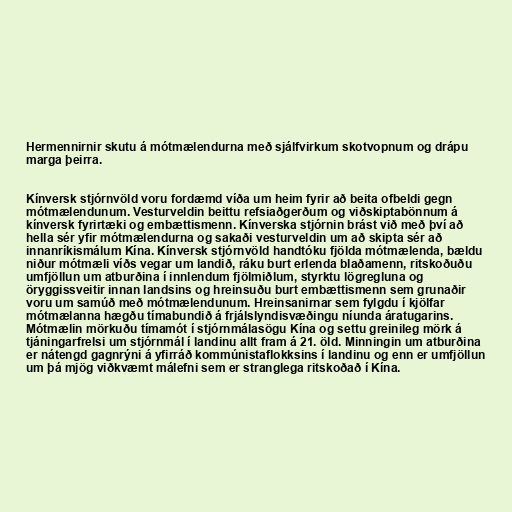
Hermennirnir skutu á mótmælendurna með sjálfvirkum skotvopnum og drápu
marga þeirra.

Kínversk stjórnvöld voru fordæmd víða um heim fyrir að beita ofbeldi gegn
mótmælendunum. Vesturveldin beittu refsiaðgerðum og viðskiptabönnum á
kínversk fyrirtæki og embættismenn. Kínverska stjórnin brást við með því að
hella sér yfir mótmælendurna og sakaði vesturveldin um að skipta sér að
innanríkismálum Kína. Kínversk stjórnvöld handtóku fjölda mótmælenda, bældu
niður mótmæli víðs vegar um landið, ráku burt erlenda blaðamenn, ritskoðuðu
umfjöllun um atburðina í innlendum fjölmiðlum, styrktu lögregluna og
öryggissveitir innan landsins og hreinsuðu burt embættismenn sem grunaðir
voru um samúð með mótmælendunum. Hreinsanirnar sem fylgdu í kjölfar
mótmælanna hægðu tímabundið á frjálslyndisvæðingu níunda áratugarins.
Mótmælin mörkuðu tímamót í stjórnmálasögu Kína og settu greinileg mörk á
tjáningarfrelsi um stjórnmál í landinu allt fram á 21. öld. Minningin um atburðina
er nátengd gagnrýni á yfirráð kommúnistaflokksins í landinu og enn er umfjöllun
um þá mjög viðkvæmt málefni sem er stranglega ritskoðað í Kína.